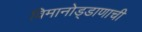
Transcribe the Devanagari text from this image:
विमानोड्डाणाची